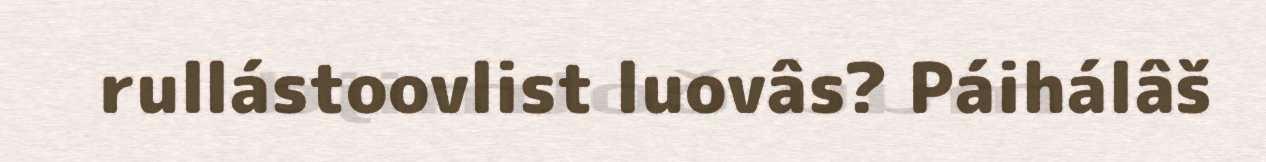
rullástoovlist luovâs? Páihálâš